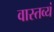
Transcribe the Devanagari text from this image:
वास्तव्यं